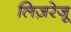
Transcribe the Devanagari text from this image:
लिज़रेजू